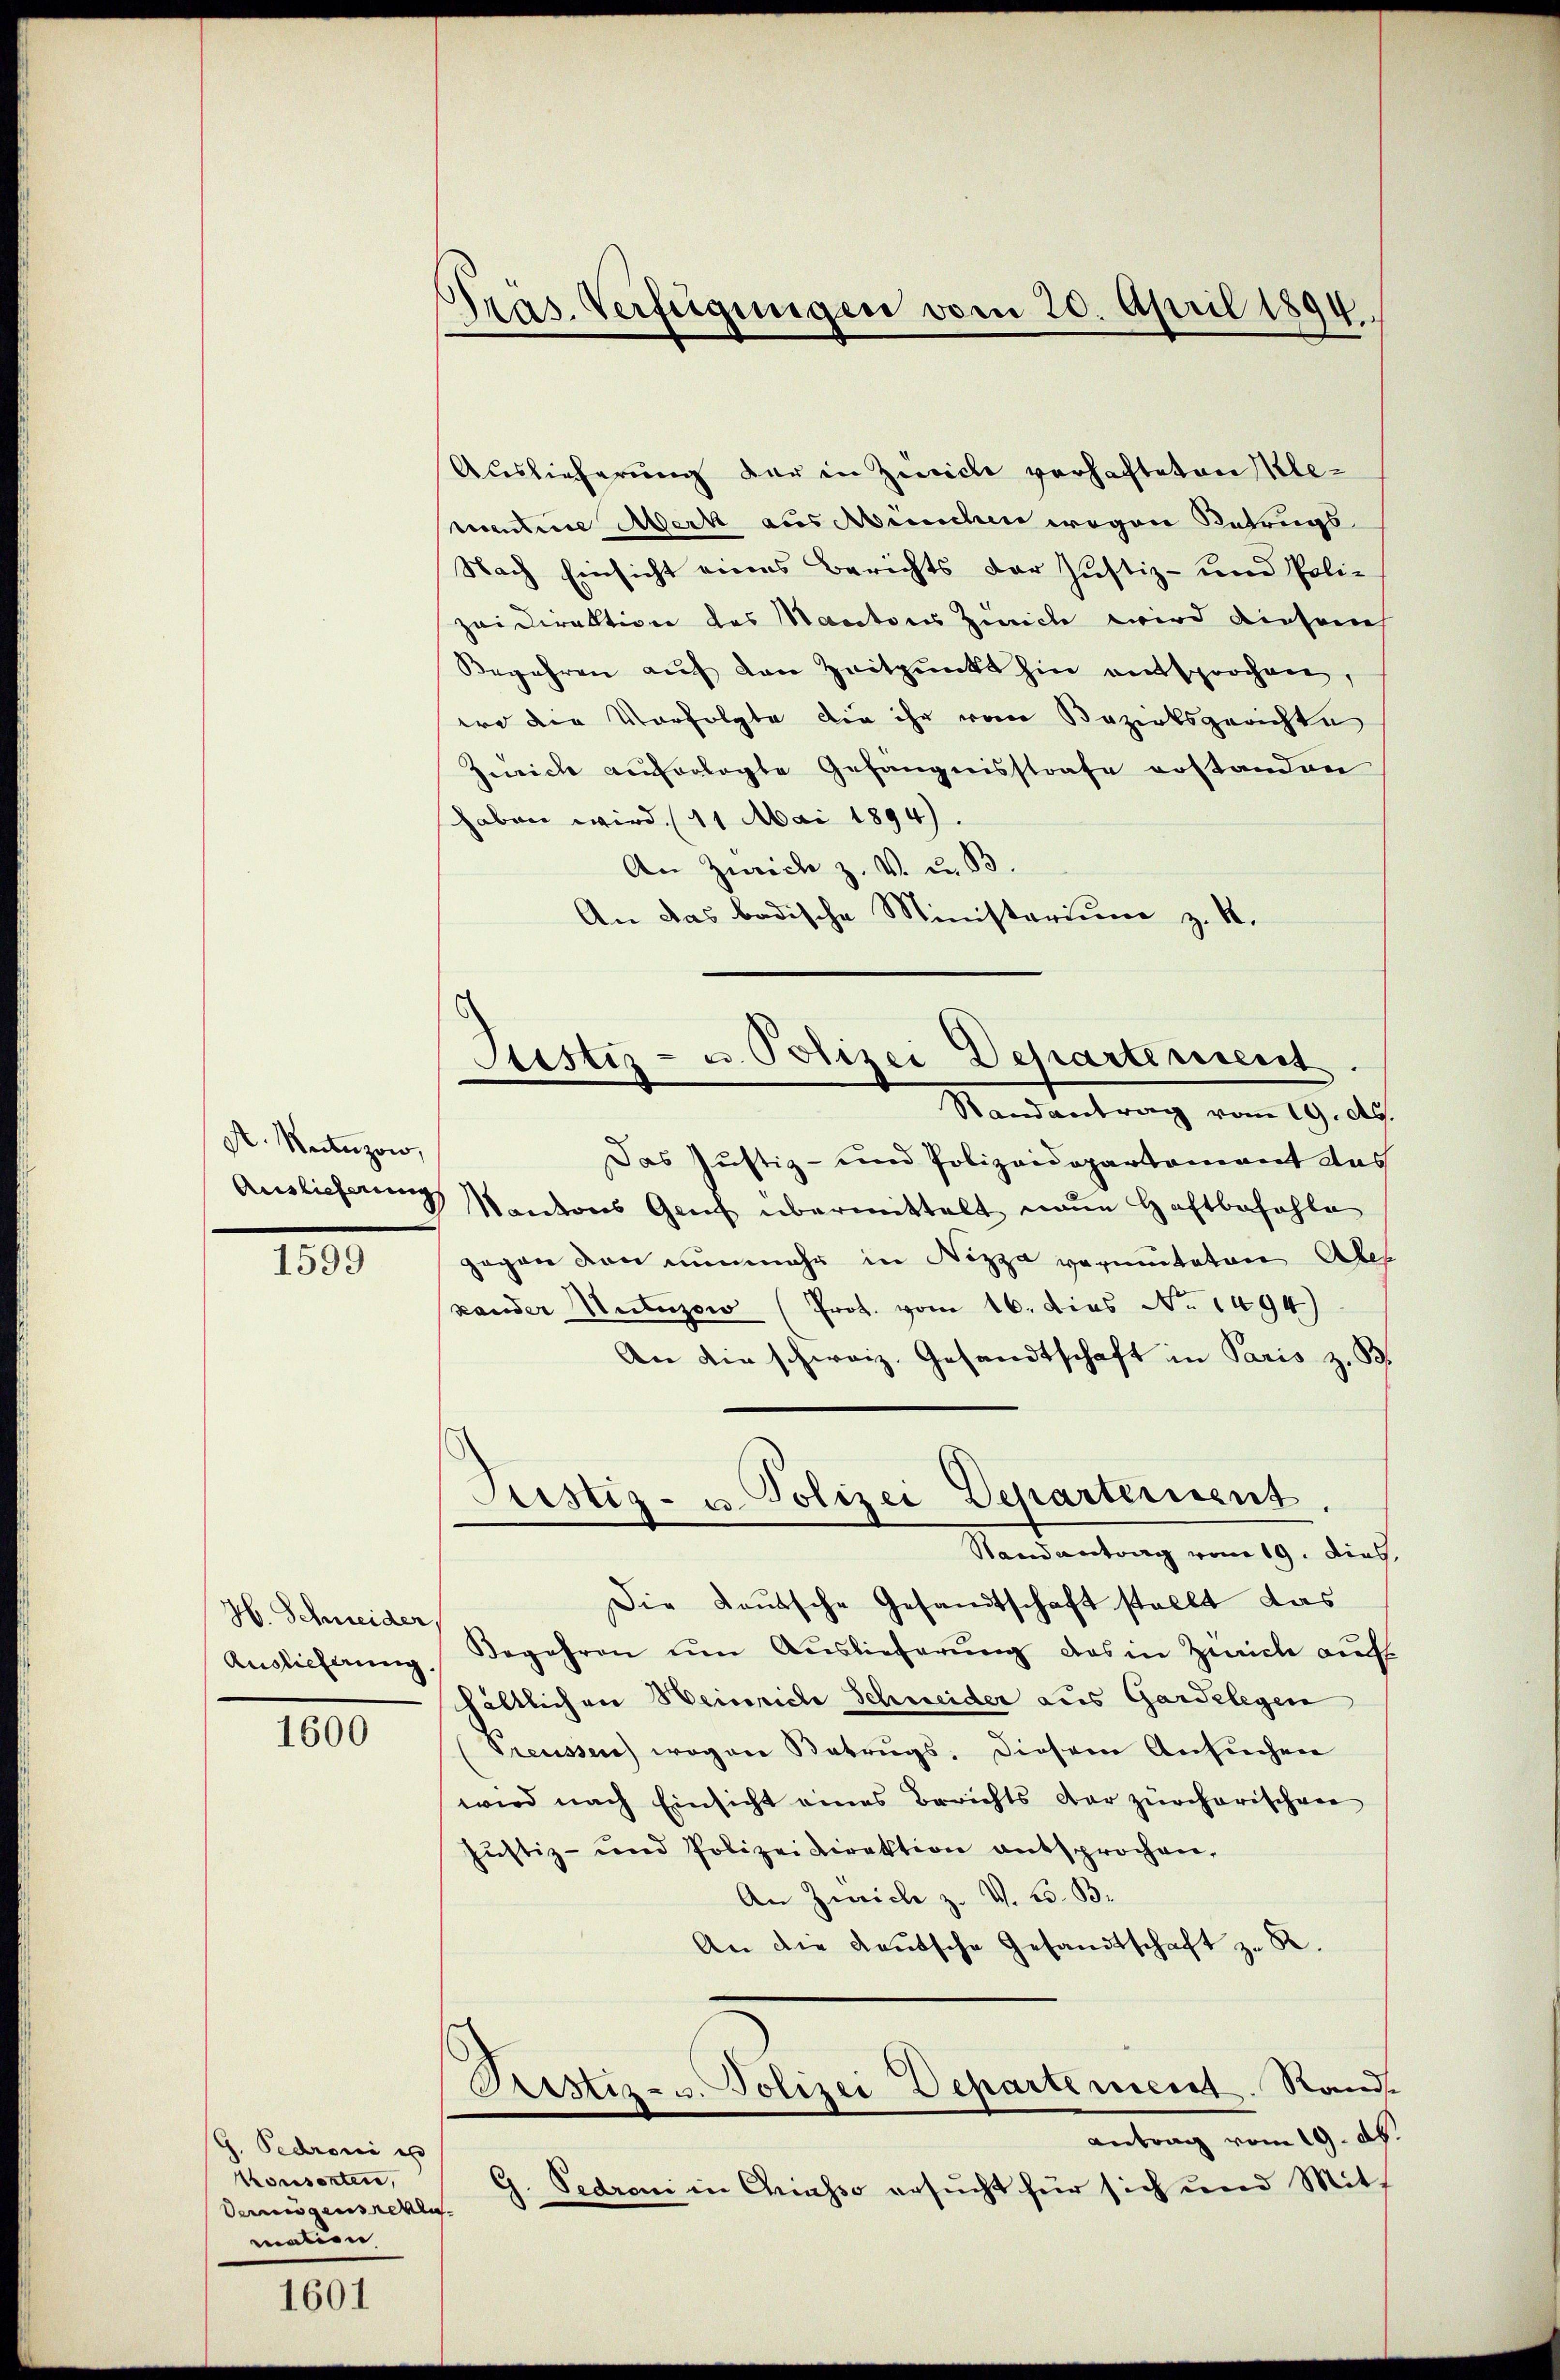
A. Wertuzow,

1599

H. Schneider,
Auslicherung,

1600

Z. Pedroni es
Konsorten,
Vermögensregle
malien

1601

Präs. Verfügungen vom 20. April 1894.

Auslieferung der in Zürich verhafteten Memouline Merk aus Meuchen wegen Betrugs
Nach Einsicht eines Berichts der Justiz- und Polizei Direktion des Mantons Zürich wird diesem
Begehren aŭf den Zeitpunkt hin entsprochen,
wo die Verfolgte die ihr vom Bezirksgerichte
Zürich auferlegte Gefängnisstrafe erstanden
haben wird. (11 Mai 1894).
An Zürich z. V. u. B.
An das badische Ministerium z. B.
Randantrag vom 19. d.
Das Justiz- und Polizeidepartement das
Anglichen Kantons Genf übermittelt neue Haftbezahle
gegen den nunmehr in Nizza vermitaten Aber
(Lander Nutzow (Prot. vom 16. Dies No. 1494)
An die schweiz. Gesandtschaft in Paris z. B.
Justiz- u. Polizei Departement
Randantrag vom 19. dies,
Die Lautsche Gesandtschaft stellt das
Begehren um Auslieferung des in Zeich auf
hältlichen Heinriche Schneider aus Gardelegen
Preussen) wogen Betrugs, diesem Ansuchen
wird nach Einsicht eines Berichts der zürcherischen
Justiz- und Polizeidirektion entsprochen,
An Zürich z. V. B. B.
An die Kautsche Gesandtschaft zu R
Sistiz- u. Polizei Departement. Rand
Antrag vom 19. d.
G. Sedran in Chiasso ersucht für sich und Mitt

Justiz- u. Polizei Departe rescrit